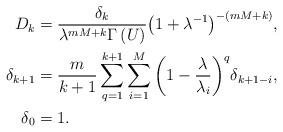
LaTeX: \begin{align*}{D_k} &= \frac{{{\delta _k}}}{{{\lambda ^{mM + k}}\Gamma \left( U \right)}}{\left( {1 + {\lambda ^{ - 1}}} \right)^{ - \left( {mM + k} \right)}},\\{\delta _{k+1}} &=\frac{m}{{k + 1}}\sum\limits_{q = 1}^{k + 1} {\sum\limits_{i = 1}^M {{{\left( {1 - \frac{\lambda }{{{\lambda _i}}}} \right)}^q}} } {\delta _{k + 1 - i}},\\{\delta _0} &= 1.\end{align*}